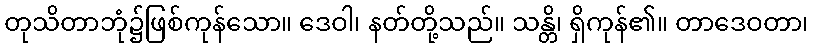
တုသိတာဘုံ၌ဖြစ်ကုန်သော။ ဒေဝါ၊ နတ်တို့သည်။ သန္တိ၊ ရှိကုန်၏။ တာဒေဝတာ၊